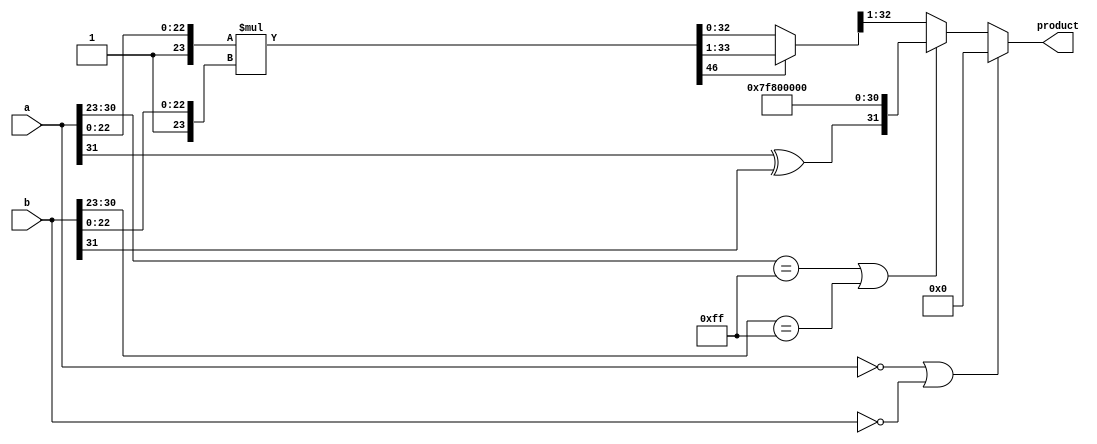
module floating_point_multiplier (
    input wire [31:0] a,  // First floating-point number (IEEE 754)
    input wire [31:0] b,  // Second floating-point number (IEEE 754)
    output reg [31:0] product // Resultant floating-point number
);
    // IEEE 754 parameters
    parameter BIAS = 127; // Bias for single precision
    parameter EXP_WIDTH = 8; // Exponent width
    parameter SIGNIFICAND_WIDTH = 23; // Significand width

    // Internal variables
    wire sign_a, sign_b; // Signs of inputs
    wire [EXP_WIDTH-1:0] exp_a, exp_b; // Exponents of inputs
    wire [SIGNIFICAND_WIDTH:0] mant_a, mant_b; // Significands of inputs (with implicit leading 1)
    
    // Output Components
    reg sign_product;
    reg [EXP_WIDTH-1:0] exp_product;
    reg [2*SIGNIFICAND_WIDTH+1:0] mant_product; // Extra bits for multiplication
    
    // Extracting sign, exponent and significand
    assign sign_a = a[31];
    assign sign_b = b[31];
    assign exp_a = a[30:23];
    assign exp_b = b[30:23];
    assign mant_a = {1'b1, a[22:0]}; // Implicit leading 1
    assign mant_b = {1'b1, b[22:0]}; // Implicit leading 1
    
    // Multiplication process
    always @(*) begin
        // 1. Handle zero and special cases (NaN, Inf)
        if (a == 32'b0 || b == 32'b0) begin
            product = 32'b0; // Zero case
        end else if (exp_a == 8'hFF || exp_b == 8'hFF) begin
            product = {sign_a ^ sign_b, 8'hFF, 23'b0}; // Result is NaN or Inf
        end else begin
            // 2. Sign calculation
            sign_product = sign_a ^ sign_b;

            // 3. Exponent calculation
            exp_product = exp_a + exp_b - BIAS;

            // 4. Significand multiplication
            mant_product = mant_a * mant_b;

            // 5. Normalization process
            if (mant_product[2*SIGNIFICAND_WIDTH] == 1) begin
                mant_product = mant_product >> 1; // Normalize by shifting right
                exp_product = exp_product + 1; // Adjust exponent
            end

            // 6. Rounding (not fully implemented)
            if (mant_product[1]) begin
                mant_product[0] = mant_product[0] + 1; // Simple rounding
            end
            
            // 7. Final assembly of the product
            product = {sign_product, exp_product[7:0], mant_product[2*SIGNIFICAND_WIDTH-1:1]}; // Drop least significant bit of mantissa
        end
    end

endmodule